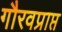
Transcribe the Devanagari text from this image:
गौरवप्राप्त